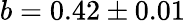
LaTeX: b=0.42\pm 0.01